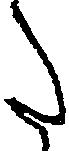
た